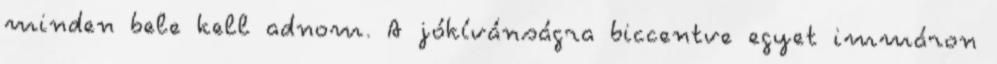
minden bele kell adnom. A jókívánságra biccentve egyet immáron